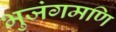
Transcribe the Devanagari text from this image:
भुजंगमणि